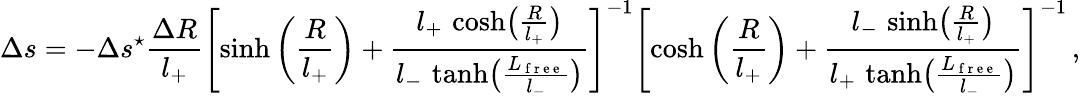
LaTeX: \Delta s=-\Delta s^{\star}\frac{\Delta R}{l_{+}}\left[\sinh\left(\frac{R}{l_{+}}\right)+\frac{l_{+}\, \cosh\bigl(\frac{R}{l_{+}}\bigr)}{l_{-}\, \operatorname{tanh}\bigl(\frac{L_{\mathrm{~f~r~e~e~}}}{l_{-}}\bigr)}\right]^{-1}\left[\cosh\left(\frac{R}{l_{+}}\right)+\frac{l_{-}\, \sinh\bigl(\frac{R}{l_{+}}\bigr)}{l_{+}\, \operatorname{tanh}\bigl(\frac{L_{\mathrm{~f~r~e~e~}}}{l_{-}}\bigr)}\right]^{-1}\, ,